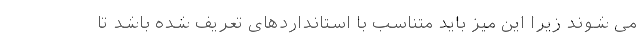
می شوند زیرا این میز باید متناسب با استانداردهای تعریف شده باشد تا